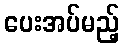
ပေးအပ်မည့်